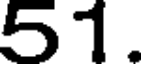
51.